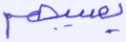
يصيبهم